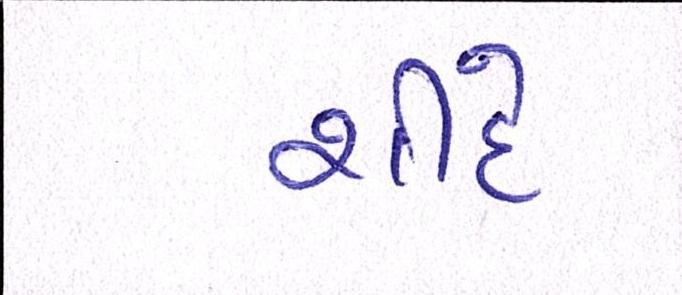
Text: શીંદે